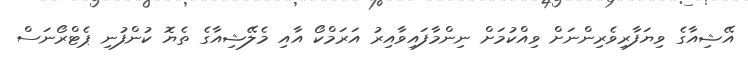
އޭޝިއާގެ ވިޔަފާރިވެރިންނަށް ވިއްކުމަށް ނިންމާފައިވާއިރު އަރަމްކޯ އާއި މެލޭޝިއާގެ ތެޔޮ ކުންފުނި ޕެޓްރޯނަސް